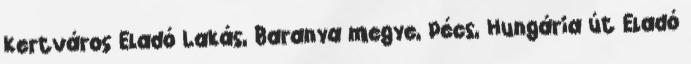
Kertváros Eladó Lakás, Baranya megye, Pécs, Hungária út Eladó